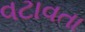
વટાવતા